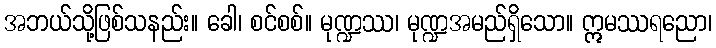
အဘယ်သို့ဖြစ်သနည်း။ ခေါ၊ စင်စစ်။ မုဏ္ဍဿ၊ မုဏ္ဍအမည်ရှိသော။ ဣမဿရညော၊